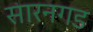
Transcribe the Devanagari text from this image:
सारनगड